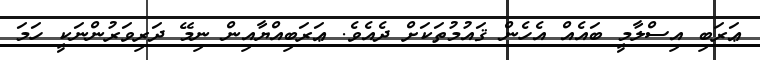
ޢަރަބި އިސްލާމީ ބައެއް އެހެން ޤައުމުތަކަށް ދެއެވެ. ޢަރަބިއްޔާއިން ނިމޭ ދަރިވަރުންނަކީ ހަމަ